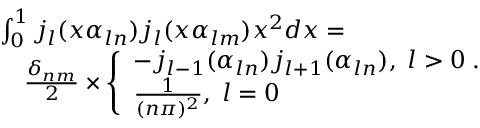
\begin{array} { r l } & { \int _ { 0 } ^ { 1 } j _ { l } ( x \alpha _ { l n } ) j _ { l } ( x \alpha _ { l m } ) x ^ { 2 } d x = } \\ & { \quad \frac { \delta _ { n m } } { 2 } \times \left\{ \begin{array} { l l } { - j _ { l - 1 } ( \alpha _ { l n } ) j _ { l + 1 } ( \alpha _ { l n } ) , \; l > 0 \; . } \\ { \frac { 1 } { ( n \pi ) ^ { 2 } } , \; l = 0 } \end{array} \right. } \end{array}